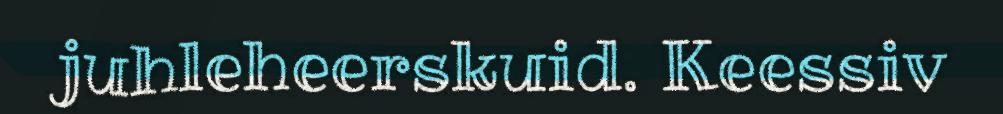
juhleheerskuid. Keessiv